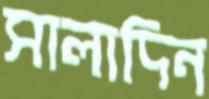
সালাদিন